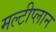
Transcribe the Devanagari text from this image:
मल्टीप्लान